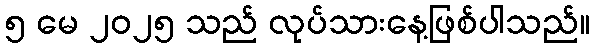
၅ မေ ၂၀၂၅ သည် လုပ်သားနေ့ဖြစ်ပါသည်။